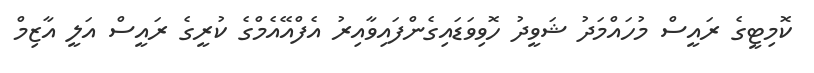
ކޮމިޓީގެ ރައީސް މުހައްމަދު ޝަވީދު ހޮވިވަޑައިގެންފައިވާއިރު އެފްއޭއެމްގެ ކުރީގެ ރައީސް އަލީ އާޒިމް